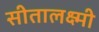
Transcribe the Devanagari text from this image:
सीतालक्ष्मी